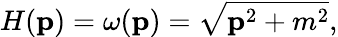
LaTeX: H({\mathbf p})=\omega({\mathbf p})=\sqrt{{\mathbf p}^{2}+m^{2}},